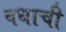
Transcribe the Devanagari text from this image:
वधाची